Annual report of the Imperial Bacteriologist
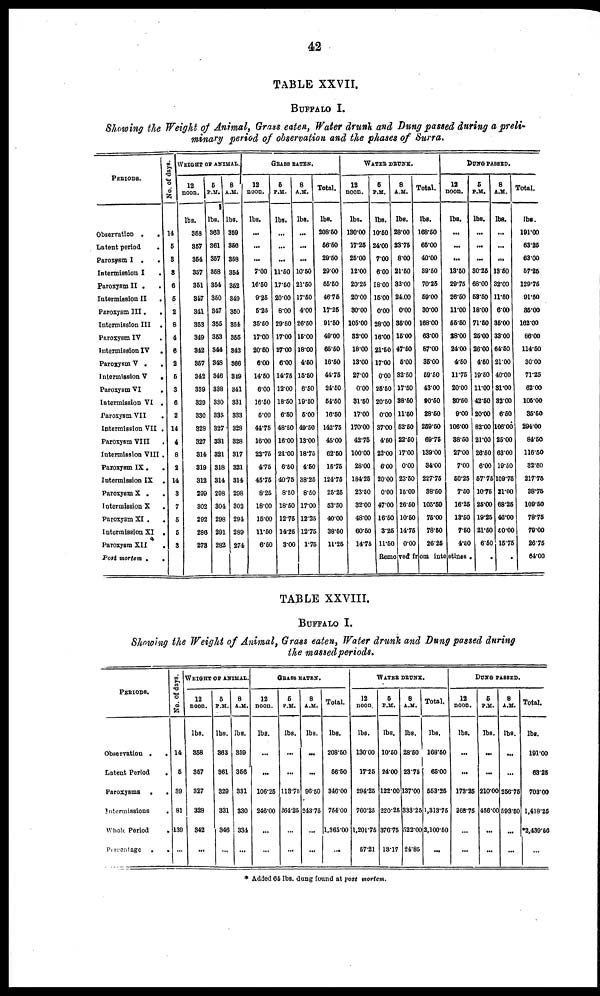
42
TABLE XXVII.
BUFFALO I.
Showing the Weight of Animal, Grass eaten, Water drunk and Dung passed during a preli¬
minary period of observation and the phases of Surra.
PERIODS.
Observation .
.
Latent period
.
Paroxysm I .
.
Intermission I
.
Paroxysm II .
.
Intermission II
.
Paroxysm III.
.
Intermission III
.
Paroxysm IV
Intermission IV
.
Paroxysm V .
.
Intermission V
.
Paroxysm VI
.
Intermission VI .
Paroxysm VII
.
Intermission VII .
Paroxysm VIII
.
Intermission VIII .
Paroxysm IX.
.
Intermission IX
.
Paroxysm X .
Intermission X
Paroxysm XI .
.
Intermission XI
.
Paroxysm XII
.
Post mortem .
.
No. of days.
14
5
8
3
6
5
2
8
4
6
2
5
3
6
2
14
4
8
2
14
3
7
5
5
3
WEIGHT OF ANIMAL.
12
noon.
lbs.
353
357
354
357
351
347
341
353
349
342
357
342
339
329
330
328
327
314
319
312
299
302
292
286
273
5
P.M.
lbs.
363
361
357
358
354
350
347
355
353
344
348
346
338
330
335
327
331
321
318
314
298
304
298
291
282
8
A.M.
lbs.
359
356
358
354
352
349
350
354
355
342
366
349
341
331
333
328
328
317
321
314
298
302
294
289
274
GRASS EATEN.
12
noon.
lbs.
...
...
...
7.00
16.50
9.25
5.25
35.50
17.00
20.50
6.00
14.50
6.00
16.50
5.00
44.75
16.00
22.75
4.75
45.75
8.25
18.00
15.00
11.50
6.50
5
P.M.
lbs.
...
...
...
11.50
17.50
20.00
8.00
29.50
17.00
27.00
6.00
14.75
12.00
18.50
6.50
48.50
16.00
21.00
6.50
40.75
8.50
18.50
12.75
14.25
3.00
8
A.M.
lbs.
...
...
...
10.50
21.50
17.50
4.00
26.50
15.00
18.00
4.50
15.50
6.50
19.50
5.00
49.50
13.00
18.75
4.50
38.25
8.50
17.00
12.25
12.75
1.75
Total.
lbs.
208.50
56.50
29.50
29.00
55.50
48.75
17.25
91.50
49.00
65.50
16.50
44.75
24.50
54.50
16.50
142.75
45.00
62.50
15.75
124.75
25.25
53.50
40.00
38.50
11.25
WATER
DRUNK.
12
noon.
lbs.
130.00
17.25
25.00
12.00
20.25
20.00
30.00
105.00
32.00
18.00
13.00
27.00
0.00
31.50
17.00
170.00
42.75
100.00
28.00
184.25
23.50
32.00
48.00
60.50
14.75
5
P.M.
lbs.
10.50
24.00
7.00
6.00
18.00
15.00
0.00
28.00
16.00
21.50
17.00
0.00
25.50
20.50
0.00
37.00
4.50
22.00
6.00
20.00
0.00
47.00
16.50
3.25
11.50
8
A.M.
lbs.
28.00
23.75
8.00
21.50
82.00
24.00
0.00
35.00
15.00
47.50
5.00
32.50
17.50
38.50
1150
52.50
22.50
17.00
0.00
23.50
15.00
26.50
10.50
14.75
0.00
Total.
lbs.
168.50
65.00
40.00
39.50
70.25
59.00
30.00
168.00
63.00
87.00
35.00
59.50
43.00
90.50
28.50
259.50
69.75
139.00
34.00
227.75
38.50
105.50
75.00
78.50
26.25
DUNG PASSED.
12
noon.
lbs.
...
...
...
13.50
29.75
26.50
11.00
55.50
28.00
24.00
4.50
11.75
20.00
30.50
9.00
106.00
38.50
27.00
7.00
50.25
7.50
16.25
13.50
7.50
4.50
Removed from intestines .
5
P.M.
lbs.
...
...
...
30.25
68.00
53.50
18.00
71.50
25.00
26.00
4.50
19.50
11.00
42.50
20.00
82.00
21.00
26.50
6.00
57.75
10.75
25.00
19.25
21.50
6.50
.
8
A.M.
lbs.
...
...
...
13.50
32.00
11.50
6.00
35.00
33.00
64.50
21.00
40.00
31.00
32.00
6.50
106.00
25.00
63.00
19.50
109.75
21.00
68.25
46.00
50.00
15.75
.
Total.
lbs.
191.00
63.25
63.00
57.25
129.75
91.50
85.00
162.00
86.00
114.50
30.00
71.25
62.00
105.00
35.50
294.00
84.50
116.50
32.50
217.75
38.75
109.50
78.75
79.00
26.75
64.00
TABLE XXVIII.
BUFFALO I.
Showing the Weight of Animal, Grass eaten, Water drunk and Dung passed during
the massed periods.
PERIODS.
Observation .
.
Latent Period
.
Paroxysms
.
.
Intermissions
.
Whole Period
.
Percentage
.
.
No. of days.
14
5
39
81
139
...
WEIGHT
12
noon.
lbs.
358
357
327
328
342
...
OF ANIMAL.
5
P.M.
lbs.
363
361
329
331
346
...
8
A.M.
lbs.
359
356
331
330
334
...
GRASS EATEN.
12
noon.
lbs.
...
...
106.25
246.00
...
...
5
P.M.
lbs.
...
...
113.75
264.25
...
...
8
A.M.
lbs.
...
...
96.50
243.75
...
...
Total.
lbs.
208.50
56.50
346.00
754.00
1,365.00
...
WATER
12
noon.
lbs.
130.00
17.25
294.25
760.25
1,201.75
57.21
5
P.M.
lbs.
10.50
24.00
122.00
220.25
376.75
13.17
DRUNK
8
A.M.
lbs.
28.50
23.75
137.00
333.25
522.00
24.85
Total.
lbs.
168.50
65.00
553.25
1,313.75
2,100.50
...
DUNG PASSED.
12
noon.
lbs.
...
...
173.25
368.75
...
...
5
P.M.
lbs.
...
...
210.00
456.00
...
...
8
A.M.
lbs.
...
...
256.75
593.50
...
...
Total.
lbs.
191.00
63.25
703.00
1,418.25
*2,439.50
...
* Added 64 lbs. dung found at post mortem.